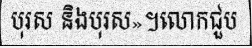
បុរស និងបុរស»។លោកជួប